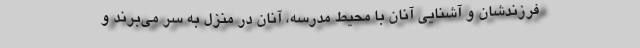
فرزندشان و آشنایی آنان با محیط مدرسه، آنان در منزل به سر می‌برند و